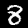
Label: 8